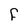
Character: F